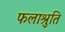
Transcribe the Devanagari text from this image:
फलाश्रुति